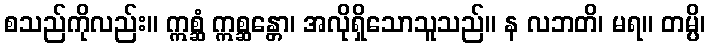
စသည်ကိုလည်း။ ဣစ္ဆံ ဣစ္ဆန္တော၊ အလိုရှိသောသူသည်။ န လဘတိ၊ မရ။ တမ္ပိ၊